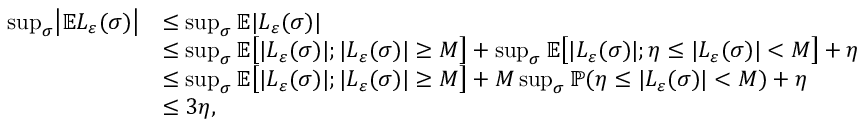
\begin{array} { r l } { \operatorname* { s u p } _ { \sigma } \bigl | \mathbb E { L } _ { \varepsilon } ( \sigma ) \bigr | } & { \leq \operatorname* { s u p } _ { \sigma } \mathbb E | { L } _ { \varepsilon } ( \sigma ) | } \\ & { \leq \operatorname* { s u p } _ { \sigma } \mathbb E \bigl [ | { L } _ { \varepsilon } ( \sigma ) | ; | { L } _ { \varepsilon } ( \sigma ) | \geq M \bigr ] + \operatorname* { s u p } _ { \sigma } \mathbb E \bigl [ | { L } _ { \varepsilon } ( \sigma ) | ; \eta \leq | { L } _ { \varepsilon } ( \sigma ) | < M \bigr ] + \eta } \\ & { \leq \operatorname* { s u p } _ { \sigma } \mathbb E \bigl [ | { L } _ { \varepsilon } ( \sigma ) | ; | { L } _ { \varepsilon } ( \sigma ) | \geq M \bigr ] + M \operatorname* { s u p } _ { \sigma } \mathbb { P } ( \eta \leq | { L } _ { \varepsilon } ( \sigma ) | < M ) + \eta } \\ & { \leq 3 \eta , } \end{array}